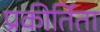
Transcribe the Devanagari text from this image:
प्रकीर्तिता